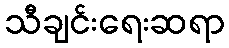
သီချင်းရေးဆရာ